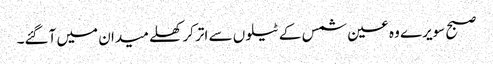
صبح سویرے وہ عین شمس کے ٹیلوں سے اتر کر کھلے میدان میں آگئے۔